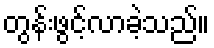
တွန်းဖွင့်လာခဲ့သည်။